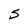
Character: S